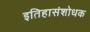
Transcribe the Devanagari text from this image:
इतिहासंशोधक